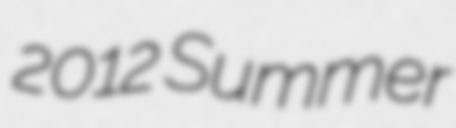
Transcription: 2012 Summer